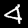
Digit: 4